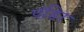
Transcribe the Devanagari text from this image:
पंडिर